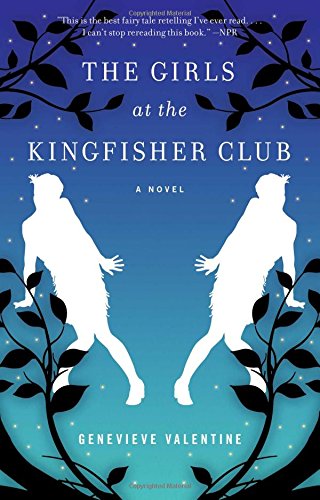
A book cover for The Girls at the Kingfisher Club: A Novel; Genevieve Valentine; Science Fiction & Fantasy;